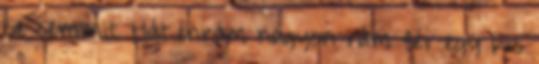
se semmit. Hát énrám nagyon rám fér egy kis